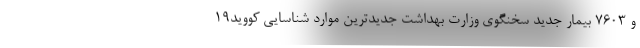
و ۷۶۰۳ بیمار جدید سخنگوی وزارت بهداشت جدیدترین موارد شناسایی کووید۱۹